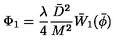
\Phi _ { 1 } = \frac { \lambda } { 4 } \frac { \bar { D } ^ { 2 } } { M ^ { 2 } } \bar { W } _ { 1 } ( \bar { \phi } )